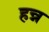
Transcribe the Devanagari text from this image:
हन्न